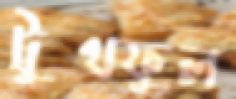
ট্রুথফুল